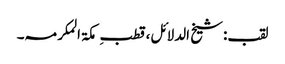
لقب:شیخ الدلائل،قطبِ مکۃ المکرمہ۔